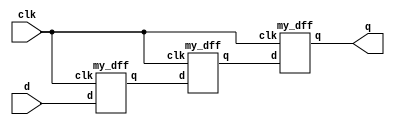
module top_module ( input clk, input d, output q );

    wire w0;
    wire w1;

    my_dff inst0(
        .clk(clk),
        .d(d),
        .q(w0)
    );

    my_dff inst1(
        .clk(clk),
        .d(w0),
        .q(w1)
    );

    my_dff inst2(
        .clk(clk),
        .d(w1),
        .q(q)
    );

endmodule

module my_dff ( input clk, input d, output q );
endmodule